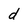
Character: d